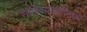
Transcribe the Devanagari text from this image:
साहित्यकृतींमध्ये